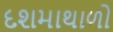
દશમાથાળો